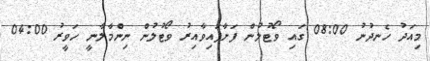
މިއަދު ހެނދުނު 08:00 ގައި ވޯޓުލުން ފަށާފައިވާއިރު ވޯޓުލުން ނިންމާލާނީ ހަވީރު 04:00